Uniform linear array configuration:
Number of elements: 48
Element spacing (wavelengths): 0.5
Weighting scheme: uniform
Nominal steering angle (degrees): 60
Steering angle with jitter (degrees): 59.248
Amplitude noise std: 0.05
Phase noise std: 0.05

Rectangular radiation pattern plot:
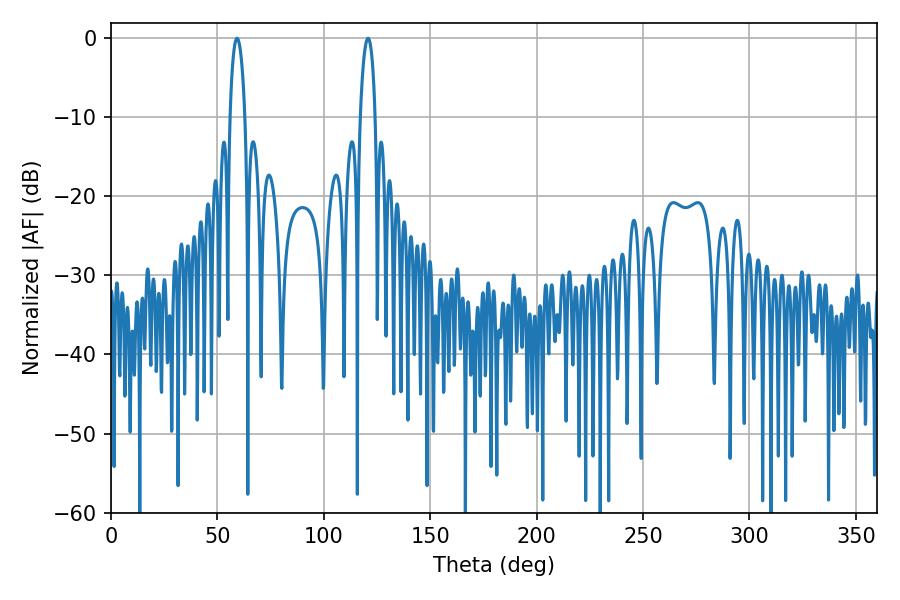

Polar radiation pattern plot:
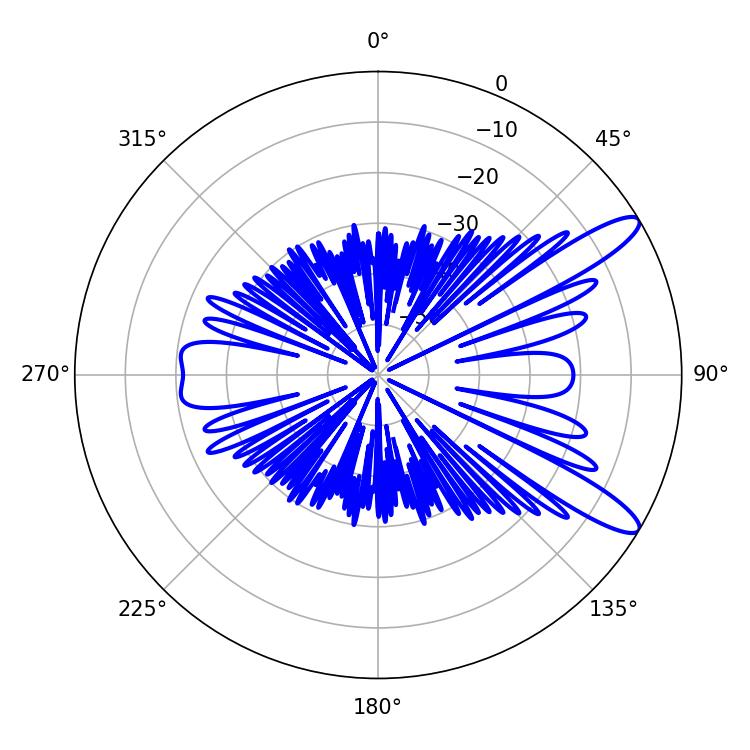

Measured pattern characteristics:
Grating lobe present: FALSE
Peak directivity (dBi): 11.667
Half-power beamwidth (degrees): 3.96
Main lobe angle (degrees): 120.78